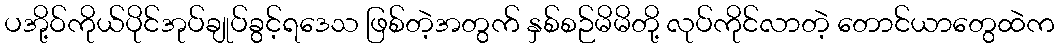
ပအို့ဝ်ကိုယ်ပိုင်အုပ်ချုပ်ခွင့်ရဒေသ ဖြစ်တဲ့အတွက် နှစ်စဉ်မိမိတို့ လုပ်ကိုင်လာတဲ့ တောင်ယာတွေထဲက